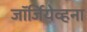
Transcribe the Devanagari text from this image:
जॉर्जियेव्हना